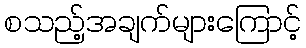
စသည့်အချက်များကြောင့်